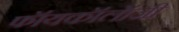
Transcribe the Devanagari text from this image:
फॉयकॉलॉजी